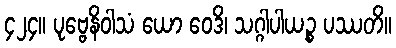
၄၂၄။ ပုဗ္ဗေနိဝါသံ ယော ဝေဒိ၊ သဂ္ဂါပါယဉ္စ ပဿတိ။